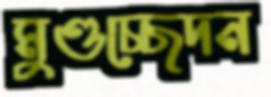
মুণ্ডচ্ছেদন